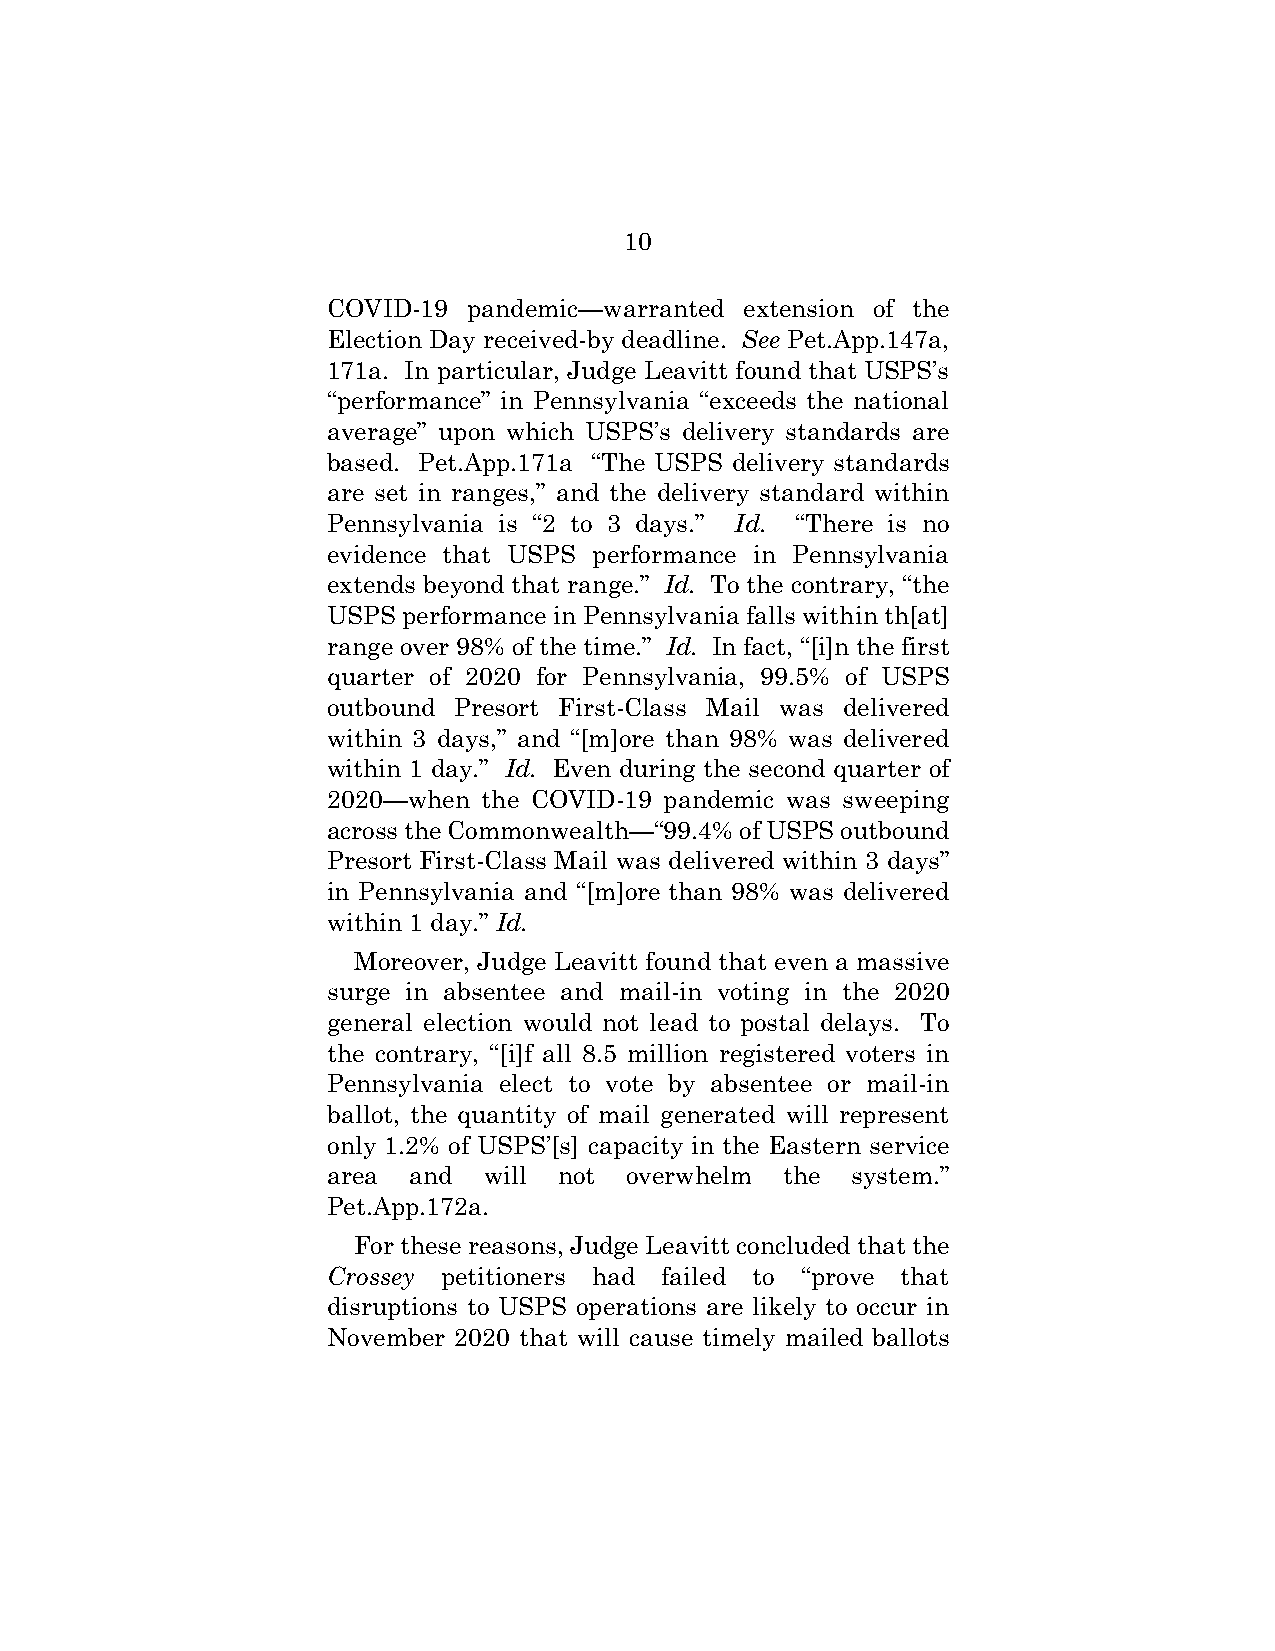
10
 COVID-19 pandemic—warranted extension of the
 Election Day received-by deadline. See Pet.App.147a,
 171a. In particular, Judge Leavitt found that USPS’s
 “performance” in Pennsylvania “exceeds the national
 average” upon which USPS’s delivery standards are
 based. Pet.App.171a “The USPS delivery standards
 are set in ranges,” and the delivery standard within
 Pennsylvania is “2 to 3 days.” Id. “There is no
 evidence that USPS performance in Pennsylvania
 extends beyond that range.” Id. To the contrary, “the
 USPS performance in Pennsylvania falls within th[at]
 range over 98% of the time.” Id. In fact, “[i]n the first
 quarter of 2020 for Pennsylvania, 99.5% of USPS
 outbound Presort First-Class Mail was delivered
 within 3 days,” and “[m]ore than 98% was delivered
 within 1 day.” Id. Even during the second quarter of
 2020—when the COVID-19 pandemic was sweeping
 across the Commonwealth—“99.4% of USPS outbound
 Presort First-Class Mail was delivered within 3 days”
 in Pennsylvania and “[m]ore than 98% was delivered
 within 1 day.” Id.
 Moreover, Judge Leavitt found that even a massive
 surge in absentee and mail-in voting in the 2020
 general election would not lead to postal delays. To
 the contrary, “[i]f all 8.5 million registered voters in
 Pennsylvania elect to vote by absentee or mail-in
 ballot, the quantity of mail generated will represent
 only 1.2% of USPS’[s] capacity in the Eastern service
 area and  will not overwhelm  the system.”
 Pet.App.172a.
 For these reasons, Judge Leavitt concluded that the
 Crossey petitioners had failed to “prove that
 disruptions to USPS operations are likely to occur in
 November 2020 that will cause timely mailed ballots